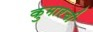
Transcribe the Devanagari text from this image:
कुमारची